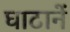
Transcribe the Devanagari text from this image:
घाटानें